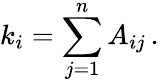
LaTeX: k_{i}=\sum_{j=1}^{n}A_{ij}\, .